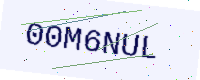
Text: 00M6NUL